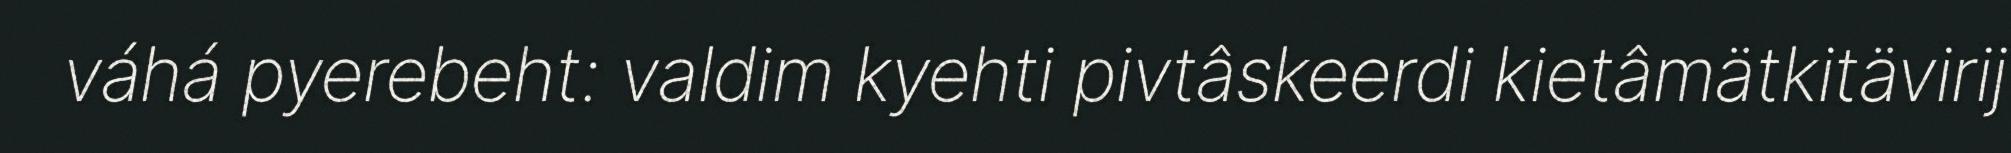
váhá pyerebeht: valdim kyehti pivtâskeerdi kietâmätkitävirij